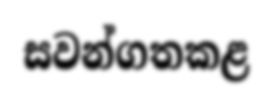
සවන්ගතකළ